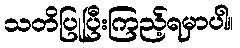
သတိပြုပြီးကြည့်ရမှာပါ။